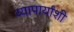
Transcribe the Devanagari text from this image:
व्यापार्यांशी